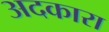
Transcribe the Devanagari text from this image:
अदकारा